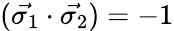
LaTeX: (\vec{\sigma_{1}}\cdot\vec{\sigma_{2}})=-1